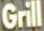
Grill